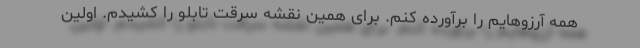
همه آرزوهایم را برآورده کنم. برای همین نقشه سرقت تابلو را کشیدم. اولین